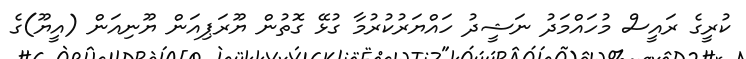
ކުރީގެ ރައީސް މުހައްމަދު ނަޝީދު ހައްޔަރުކުރުމާ ގުޅޭ ގޮތުން ޔޫރަޕިއަން ޔޫނިއަން (އީޔޫ)ގެ